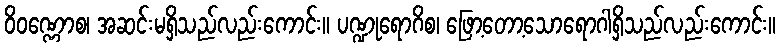
ဝိဝဏ္ဏောစ၊ အဆင်းမရှိသည်လည်းကောင်း။ ပဏ္ဍုရောဂိစ၊ ဖြော့တော့သောရောဂါရှိသည်လည်းကောင်း။